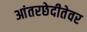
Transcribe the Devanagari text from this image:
आंतरछेदीतेवर